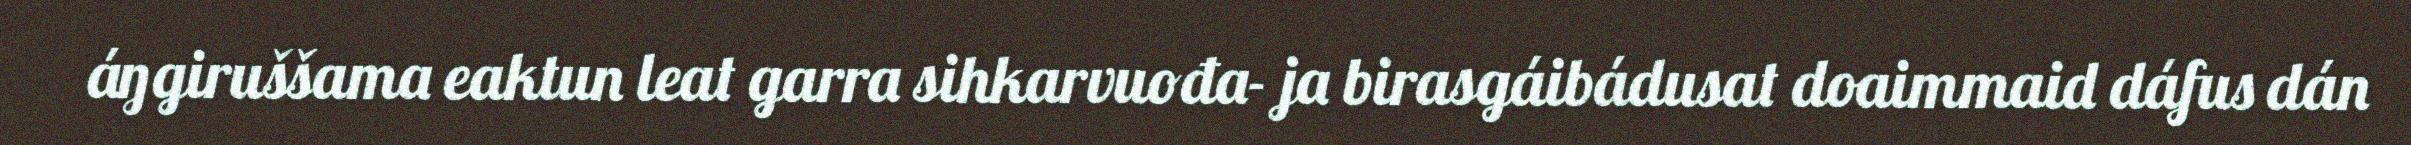
áŋgiruššama eaktun leat garra sihkarvuođa- ja birasgáibádusat doaimmaid dáfus dán